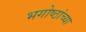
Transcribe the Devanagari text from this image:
भगोष्ठांच्या